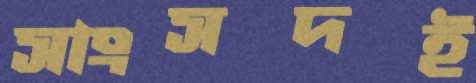
সাংসদই